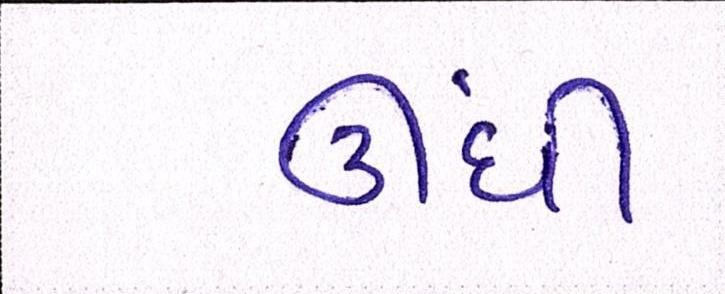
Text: ઊંધી